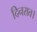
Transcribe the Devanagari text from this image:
दिनरात।